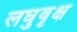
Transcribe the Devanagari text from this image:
लघुवृक्ष